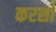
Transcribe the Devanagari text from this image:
करशो